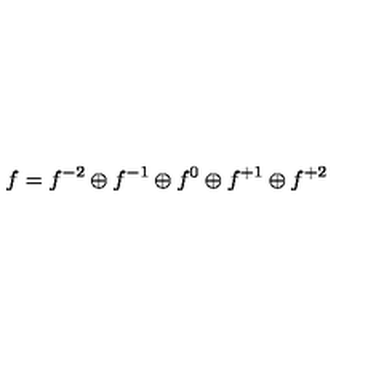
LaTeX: f = f ^ { - 2 } \oplus f ^ { - 1 } \oplus f ^ { 0 } \oplus f ^ { + 1 } \oplus f ^ { + 2 }